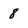
Character: 8